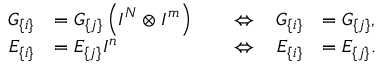
\begin{array} { r l r l r l } { G _ { \{ i \} } } & { = G _ { \{ j \} } \left( I ^ { N } \otimes I ^ { m } \right) } & { \, } & { \Leftrightarrow \, } & { G _ { \{ i \} } } & { = G _ { \{ j \} } , } \\ { E _ { \{ i \} } } & { = E _ { \{ j \} } I ^ { n } } & { \, } & { \Leftrightarrow \, } & { E _ { \{ i \} } } & { = E _ { \{ j \} } . } \end{array}